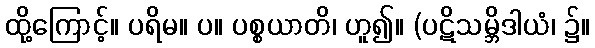
ထို့ကြောင့်။ ပရိမ။ ပ။ ပစ္စယာတိ၊ ဟူ၍။ (ပဋိသမ္ဘိဒါယံ၊ ၌။